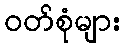
ဝတ်စုံများ